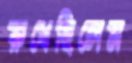
রুধেছিলেম